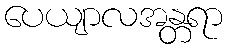
ပေယျာလအန္တရာ